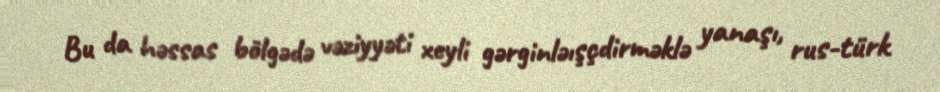
Bu da həssas bölgədə vəziyyəti xeyli gərginləışçdirməklə yanaşı, rus-türk